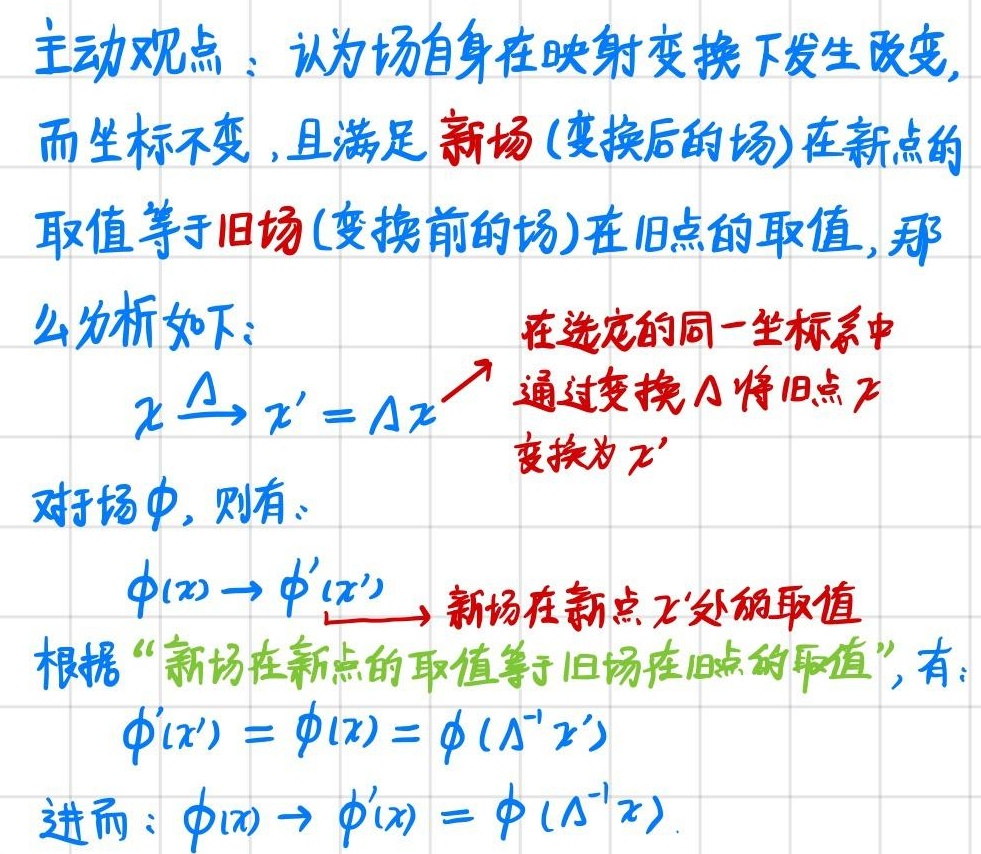
主动观点：认为场自身在映射变换下发生改变，而坐标不变，且满足新场（变换后的场）在新点的取值等于旧场（变换前的场）在旧点的取值，那么分析如下：在选定的同一坐标系中
\[x \xrightarrow{\Lambda} x'=\Lambda x\]
通过变换$\Lambda$将旧点$x$变换为$x'$。对于场$\phi$，则有：
\[\phi(x)\to\phi'(x')\]
新场在新点$x'$处的取值根据“新场在新点的取值等于旧场在旧点的取值”，有：
\[\phi'(x')=\phi(x)=\phi(\Lambda^{-1}x')\]
进而：
\[\phi(x)\to\phi'(x)=\phi(\Lambda^{-1}x)\]